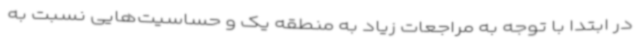
در ابتدا با توجه به مراجعات زیاد به منطقه یک و حساسیت‌هایی نسبت به